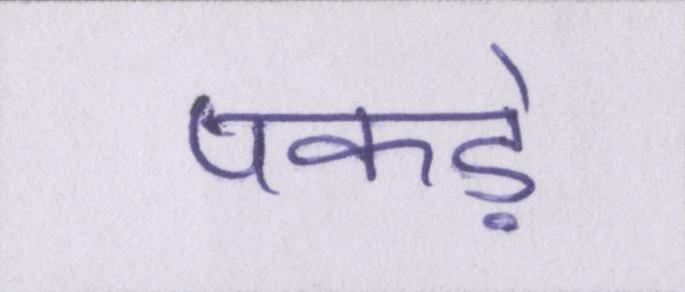
पकड़े